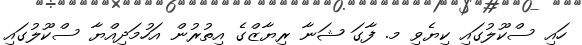
ހައި ސްކޫލުގައި ކިޔެވި މ. ފާގަ ޝަނާ ރިޔާޒްގެ އިތުރުން އަހުމަދިއްޔާ ސްކޫލުގައި